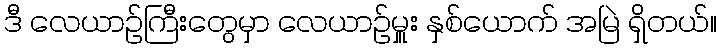
ဒီ လေယာဉ်ကြီးတွေမှာ လေယာဉ်မှူး နှစ်ယောက် အမြဲ ရှိတယ်။